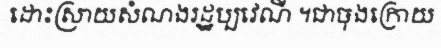
ដោះស្រាយសំណងរដ្ឋប្បវេណី ។ជាចុងក្រោយ